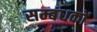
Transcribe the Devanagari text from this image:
सम्बंधकों